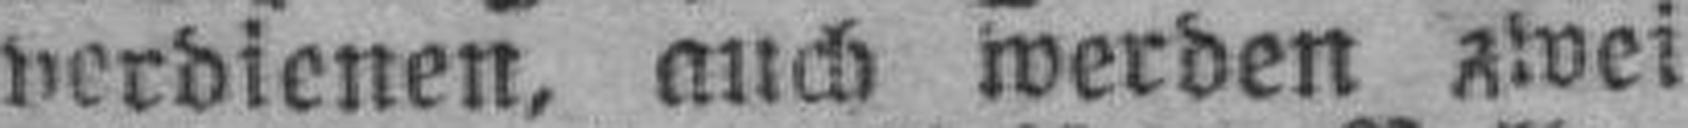
verdienen, auch werden zwei